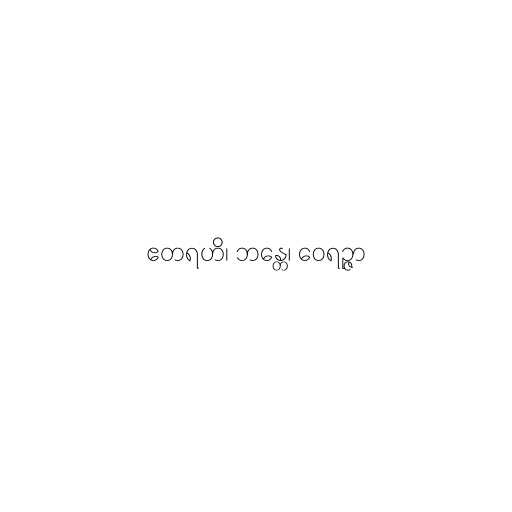
ဧတရဟိ၊ ဘန္တေ၊ ဝေရဉ္ဇာ